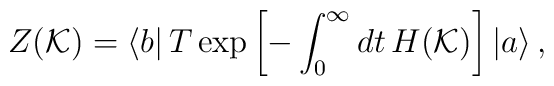
Z(\mathcal{K})=\left\langle b\right|  T\exp\left[  -\int_{0}^{\infty}dt\,H(\mathcal{K})\right]  \left|  a\right\rangle ,